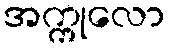
အက္ကုလော